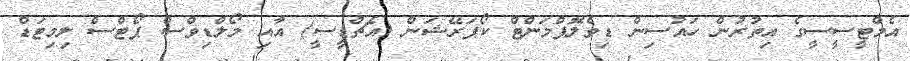
އެމްޓީސީސީގެ އިތުރުން ހައުސިން ޑިވެލޮޕްމަންޓް ކޯޕަރޭޝަން (އެޗްޑީސީ) އާއި މޯލްޑިވްސް ޕޯޓްސް ލިމިޓަޑް